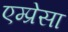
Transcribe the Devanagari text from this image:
एम्प्रेसा